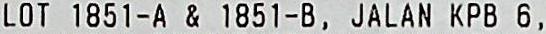
LOT 1851-A & 1851-B, JALAN KPB 6,